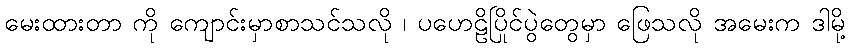
မေးထားတာ ကို ကျောင်းမှာစာသင်သလို ၊ ပဟေဠိပြိုင်ပွဲတွေမှာ ဖြေသလို အမေးက ဒါမို့